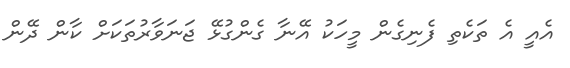
އެއީ އެ ތަކެތި ފެނިގެން މީހަކު އޭނާ ގެންގުޅޭ ޖަނަވާރުތަކަށް ކާން ދޭން